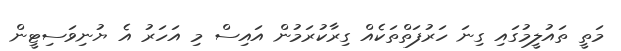
މަތީ ތައުލީމުގައި ގިނަ ހަރުފަތްތަކެއް ގިރާކުރަމުން އައިސް މި އަހަރު އެ ޔުނިވަސިޓީން